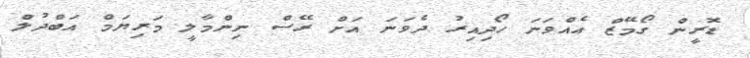
ޑޮރީން ގޯމޭޒް އެއްވަނަ ހޯދިއިރު ދެވަނަ އަށް ރޭސް ނިންމާލީ މަރިޔަމް އަބްދުލް